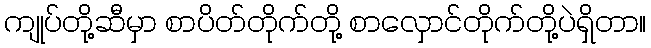
ကျုပ်တို့ဆီမှာ စာပိတ်တိုက်တို့ စာလှောင်တိုက်တို့ပဲရှိတာ။